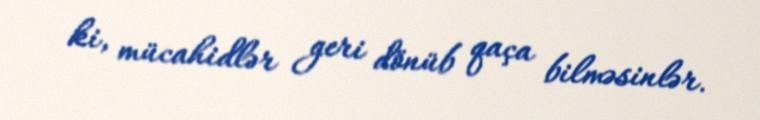
ki, mücahidlər geri dönüb qaça bilməsinlər.